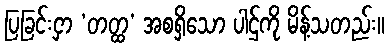
ပြခြင်းငှာ ‘တတ္ထ’ အစရှိသော ပါဌ်ကို မိန့်သတည်း။